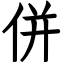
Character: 併